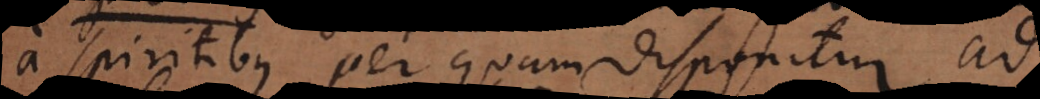
a spiritibus per quam disponitur ad